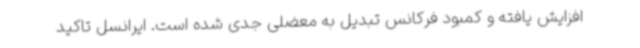
افزایش یافته و کمبود فرکانس تبدیل به معضلی جدی شده است. ایرانسل تاکید